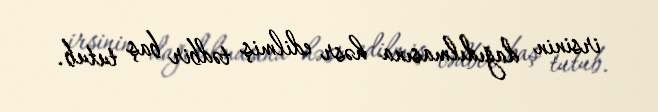
irsinin dağıdılmasına həsr edilmiş tədbir baş tutub.